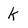
Character: k